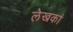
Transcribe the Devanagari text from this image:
लेखकां